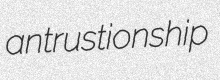
antrustionship